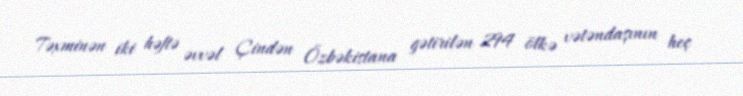
Təxminən iki həftə əvvəl Çindən Özbəkistana gətirilən 294 ölkə vətəndaşının heç